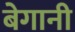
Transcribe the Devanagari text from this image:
बेगानी